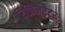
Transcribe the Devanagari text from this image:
रिफ्रिजरेटर